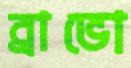
ব্রাভো